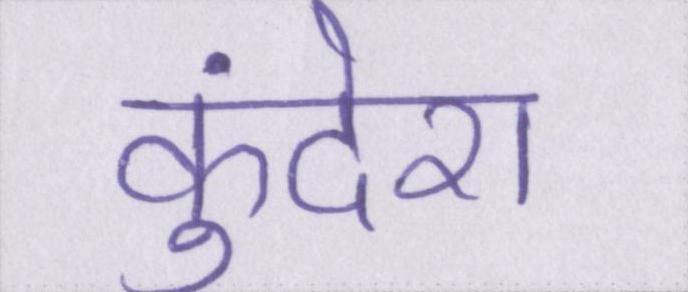
कुंदेरा